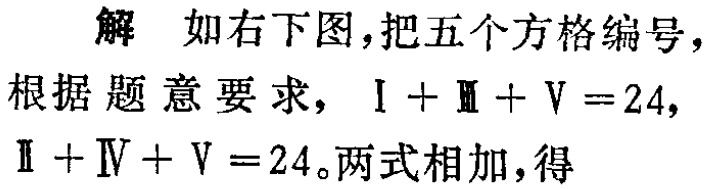
解 如右下图，把五个方格编号，

根据题意要求，\(Ⅰ + Ⅲ + Ⅴ = 24\)，

\(Ⅱ + Ⅳ + Ⅴ = 24\)。两式相加，得